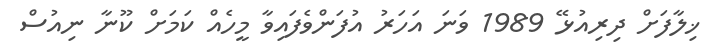
ޚިލާފަށް ދިރިއުޅޭ 1989 ވަނަ އަހަރު އުފަންވެފައިވާ މީހެއް ކަމަށް ކޫނާ ނިއުސް